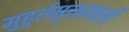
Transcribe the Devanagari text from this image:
मुहूर्तमुक्तावली